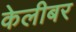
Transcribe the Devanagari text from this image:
केलीबर